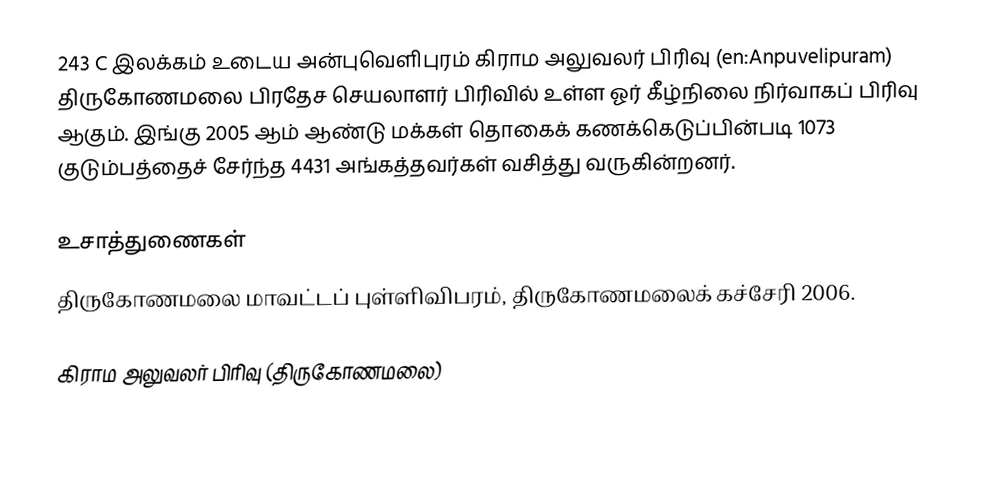
243 C இலக்கம்  உடைய அன்புவெளிபுரம் கிராம அலுவலர் பிரிவு  (en:Anpuvelipuram) திருகோணமலை பிரதேச செயலாளர் பிரிவில் உள்ள ஓர் கீழ்நிலை நிர்வாகப் பிரிவு ஆகும். இங்கு 2005 ஆம் ஆண்டு மக்கள் தொகைக் கணக்கெடுப்பின்படி 1073 குடும்பத்தைச் சேர்ந்த 4431 அங்கத்தவர்கள் வசித்து வருகின்றனர்.

உசாத்துணைகள்
திருகோணமலை மாவட்டப் புள்ளிவிபரம், திருகோணமலைக் கச்சேரி 2006.

கிராம அலுவலர் பிரிவு (திருகோணமலை)